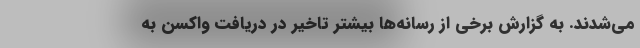
می‌شدند. به گزارش برخی از رسانه‌ها بیشتر تاخیر در دریافت واکسن به